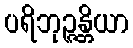
ပရိဘုဉ္ဇန္တိယာ